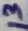
Text: 13